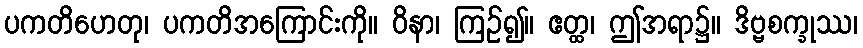
ပကတိဟေတု၊ ပကတိအကြောင်းကို။ ဝိနာ၊ ကြဉ်၍။ ဧတ္ထ၊ ဤအရာ၌။ ဒိဗ္ဗစက္ခုဿ၊